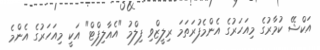
އަކްޝޭ ކުމާރުގެ މިއަހަރުގެ އެންމެފުރަތަމަ ރިލީޒްވި ފިލްމު "އެއާލިފްޓް" އަކީ މިއަހަރުގެ އެންމެ